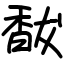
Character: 馛